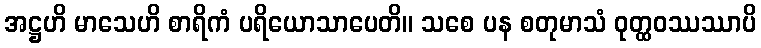
အဋ္ဌဟိ မာသေဟိ စာရိကံ ပရိယောသာပေတိ။ သစေ ပန စတုမာသံ ဝုတ္ထဝဿဿာပိ